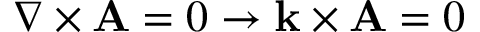
\nabla \times \mathbf { A } = 0 \rightarrow \mathbf { k } \times \mathbf { A } = 0